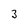
Character: 3